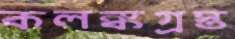
কলঙ্কগ্রস্ত